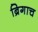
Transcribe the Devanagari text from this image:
ब्रिगाच